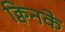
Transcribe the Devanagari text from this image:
क्विनके